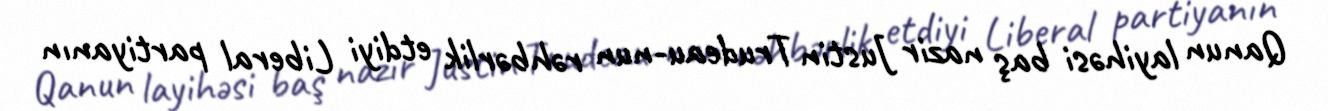
Qanun layihəsi baş nazir Justin Trudeau-nun rəhbərlik etdiyi Liberal partiyanın